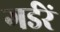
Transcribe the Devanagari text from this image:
गर्डरें